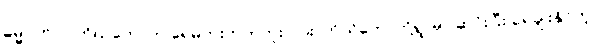
ဓမ္မဂုတ်။ ။ ကိုယ်တော်က ရေမကူးတတ်ဘူးလား၊ ကိုယ်တော်တို့ရွာမှာ ဆင်းပြီး ရေချိုးနိုင်တဲ့